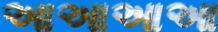
આઆઆઆ